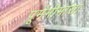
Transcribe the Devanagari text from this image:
पूर्ममीमांसा